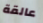
عالقة